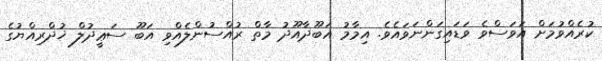
ކުރެއްވުމަށް އަވަސްވެ ވަޑައިގަންނަވައެވެ. އިމާމު އަބޫދާއޫދު މާތް ރުއްސުންލެއްވި އަބޫ ސަޢީދުލް ޚުދްރިއްޔުގެ